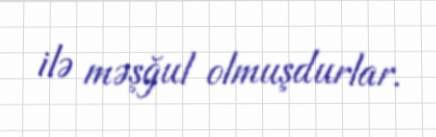
ilə məşğul olmuşdurlar.